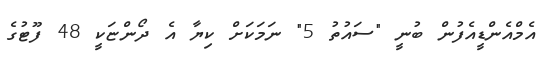
އެމްއެންޑީއެފުން ބުނީ "ސައުތު 5" ނަމަކަށް ކިޔާ އެ ދޯންޏަކީ 48 ފޫޓުގެ